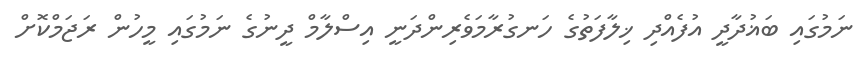
ނަމުގައި ބަޣުދާދީ އުފެއްދި ޚިލާފަތުގެ ހަނގުރާމަވެރިންދަނީ އިސްލާމް ދީނުގެ ނަމުގައި މީހުން ރަޖަމްކޮށް